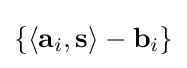
\{\langle \mathbf {a} _{i},\mathbf {s} \rangle -\mathbf {b} _{i}\}